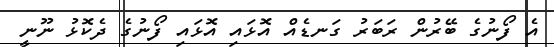
އެ ފޯނުގެ ބޭރުން ރަބަރު ގަނޑެއް އޮޅައި އޮޅައި ފޯނުގެ ދެކޮޅު ނޫނީ